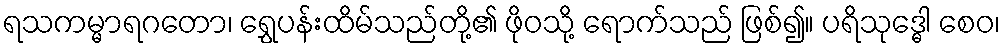
ရသကမ္မာရဂတော၊ ရွှေပန်းထိမ်သည်တို့၏ ဖိုဝသို့ ရောက်သည် ဖြစ်၍။ ပရိသုဒ္ဓေါ စေဝ၊